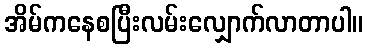
အိမ်ကနေစပြီးလမ်းလျှောက်လာတာပါ။